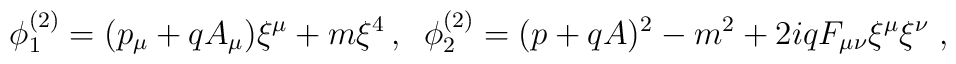
\phi _{1}^{(2)}=(p_{\mu }+qA_{\mu })\xi ^{\mu }+m\xi ^{4}\,,\;\;\phi_{2}^{(2)}=(p+qA)^{2}-m^{2}+2iqF_{\mu \nu }\xi ^{\mu }\xi ^{\nu }\;,